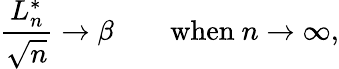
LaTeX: {\frac{L_{n}^{*}}{\sqrt{n}}}\rightarrow\beta\qquad{\mathrm{when~}}n\to\infty,